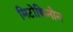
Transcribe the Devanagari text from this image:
मिटोक्विनोन